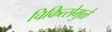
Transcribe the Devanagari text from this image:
चिकित्सेमुळे